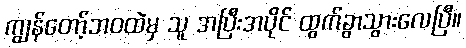
ကျွန်တော့်ဘဝထဲမှ သူ အပြီးအပိုင် ထွက်ခွာသွားလေပြီ။